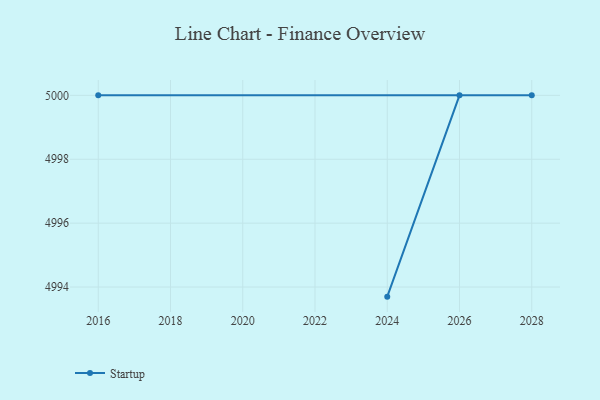
{"axis": {"x": "Year", "y": "Shipments"}, "legend": ["Startup"], "data": [{"x": "2024", "y": 4993.7, "type": "Startup"}, {"x": "2026", "y": 5000, "type": "Startup"}, {"x": "2028", "y": 5000, "type": "Startup"}, {"x": "2016", "y": 5000, "type": "Startup"}]}